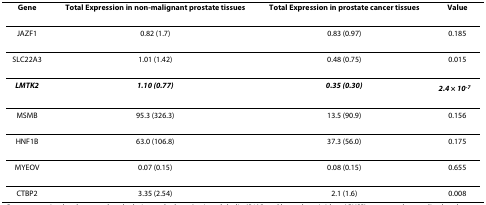
<table><thead><tr><td><b>Gene</b></td><td><b>Total Expression in non-malignant prostate tissues</b></td><td><b>Total Expression in prostate cancer tissues</b></td><td><b>Value</b></td></tr></thead><tbody><tr><td>JAZF1</td><td>0.82 (1.7)</td><td>0.83 (0.97)</td><td>0.185</td></tr><tr><td>SLC22A3</td><td>1.01 (1.42)</td><td>0.48 (0.75)</td><td>0.015</td></tr><tr><td><b><i>LMTK2</i></b></td><td><b><i>1.10 (0.77)</i></b></td><td><b><i>0.35 (0.30)</i></b></td><td><b><i>2.4 × 10<sup>-7</sup></i></b></td></tr><tr><td>MSMB</td><td>95.3 (326.3)</td><td>13.5 (90.9)</td><td>0.156</td></tr><tr><td>HNF1B</td><td>63.0 (106.8)</td><td>37.3 (56.0)</td><td>0.175</td></tr><tr><td>MYEOV</td><td>0.07 (0.15)</td><td>0.08 (0.15)</td><td>0.655</td></tr><tr><td>CTBP2</td><td>3.35 (2.54)</td><td>2.1 (1.6)</td><td>0.008</td></tr></tbody></table>